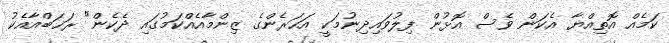
ކަމެއް އޮތިއްޔާ އެކަން ވެސް އޮޅުން ފިލުވައިދިނުމަކީ އަހަރެންގެ ޒިންމާއެއްކަމުގައި ދެކެން" ރަޚަބްއާއެކު